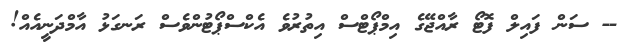
-- ސަން ފައިލް ފޮޓޯ ރާއްޖޭގެ އިމްޕޯޓްސް އިތުރުވެ އެކްސްޕޯޓުންވެސް ރަނގަޅު އާމްދަނީއެއް!